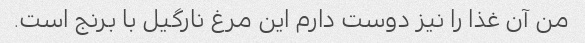
من آن غذا را نیز دوست دارم این مرغ نارگیل با برنج است.